Annual report of the Punjab Veterinary College and of the Civil Veterinary Department, Punjab - 1909-1919
Year: 1909
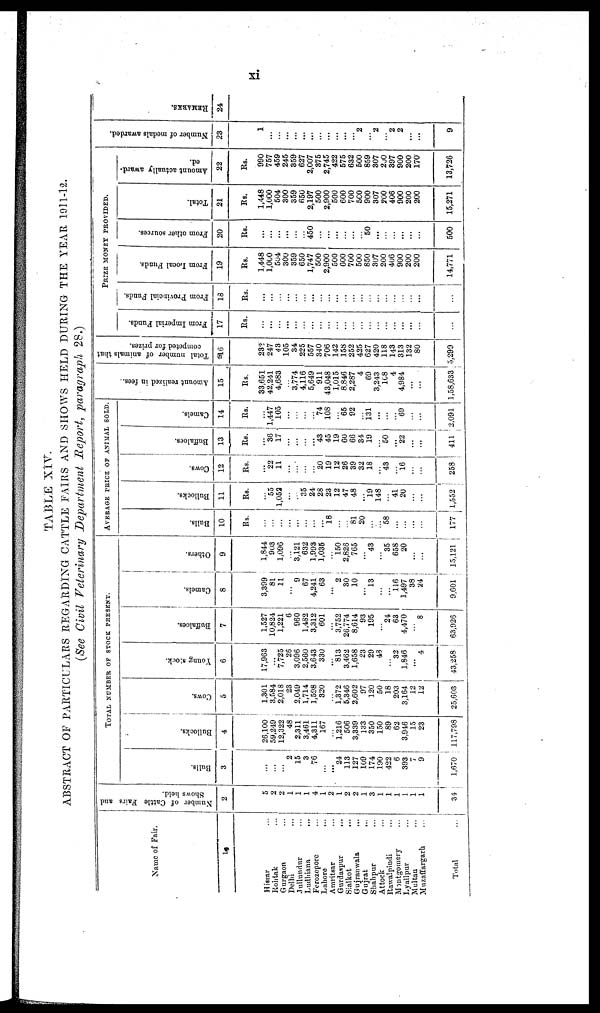
xi
TABLE XIV.
ABSTRACT OF PARTICULARS REGARDING CATTLE FAIRS AND SHOWS HELD DURING THE YEAR 1911-12.
(See Civil Veterinary Department Report, paragraph 28.)
Name of Fair.
14
Hissar ...
Rohtak ...
Gurgaon ...
Delhi ...
Jullundur ...
Ludhiana ...
Ferozepore ...
Lahore ...
Amritsar ...
Gurdaspur ...
Sialkot ...
Gujranwala ...
Gujrat
...
Shahpur ...
Attock ...
Rawalpindi ...
Montgomery ...
Lyallpur ...
Multan ...
Muzaffargarh ...
Total
..
Number of Cattle Fairs and
Shows held.
2
5
2
2
1
1
1
4
1
2|
1
2
2
1
3
1
1
1
1
1
1
34
TOTAL NUMBER OF STOCK PRESENT.
Bulls.
3
...
...
...
2
15
3
76
...
...
24
113
127
109
174
190
422
6
393
7
9
1,670
Bullocks.
4
26,100
59,249
12,322
48
2,311
3,461
4,311
167
...
1,216
506
3,339
133
350
150
89
62
3,916
15
23
117,798
Cows.
5
1,301
3,584
2,018
23
2,049
1,714
1,598
320
...
1,372
5,346
2,602
97
120
50
18
203
3,164
12
12
25,603
Young stock.
6
17,963
...
7,725
26
3,096
2,560
3,643
330
...
813
3,462
1,658
23
29
48
...
32
1,846
...
4
43,258
Buffaloes.
7
1,527
10,824
1,221
6
960
1,432
3,312
601
...
3,752
26,774
8,614
93
195
...
24
63
4,470
...
8
63.926
Camels.
8
3,399
81
11
...
9
67
4,241
63
...
2
30
10
...
13
...
...
116
1,497
38
24
9,601
Others.
9
1,844
903
1,096
...
3,121
632
1,993
1,035
...
150
2,826
765
...
43
...
35
658
20
...
...
15,121
AVERAGE PRICE OF ANIMAL SOLD.
Bulls.
10
Rs.
...
...
...
...
...
...
...
...
18
...
...
81
20
...
...
58
...
...
...
...
177
Bullocks.
11
Rs.
...
55
1,052
...
...
35
24
28
23
12
47
48
...
19
148
...
41
20
...
...
1,552
Cows.
12
Rs.
...
22
11
...
...
...
...
20
19
12
26
39
32
18
...
43
...
16
...
...
258
Buffaloes.
13
Rs.
...
36
17
...
...
...
...
43
45
19
60
66
34
19
...
50
...
22
...
...
411
Camels.
14
Rs.
...
1,447
105
...
...
...
...
74
108
...
65
92
...
131
...
...
...
69
...
...
2,091
Amo u n t r e a l i z e d in fees. .
15
Rs.
33,651
42,241
4,683
...
3,774
4,116
5,649
911
43,048
1,015
8,846
2,287
4
69
3,243
108
4
4,984
...
...
1,58,633
Total number
of animals that
competed for prizes.
16
232
247
43
105
34
225
557
340
706
142
158
252
425
627
420
118
143
313
132
80
5,299
PRIZE MONEY PROVIDED.
From Imperial Funds.
17
Rs.
...
...
...
...
...
...
...
...
...
...
...
...
...
...
...
...
...
...
...
...
...
From Provincial Funds.
18
Rs.
...
...
...
...
...
...
...
...
...
...
...
...
...
...
...
...
...
...
...
From Local Funds.
19
Rs.
1,448
1,000
504
300
359
650
1,747
500
2,900
500
600
700
500
850
307
200
406
900
200
200
14,771
From other sources.
20
Rs.
...
...
...
...
...
...
450
...
...
...
...
...
50
...
...
...
...
...
...
500
Total.
21
Rs.
1,448
1,000
504
300
359
650
2,197
500
2,900
500
600
700
500
900
307
200
406
900
200
200
15,271
Amount actually award-
ed.
22
Rs.
990
757
459
245
359
627
2,007
375
2,745
422
575
632
500
859
307
200
397
900
200
170
13,726
Number of medals awarded.
23
1
...
...
...
...
...
...
...
...
...
...
...
2
...
2
...
2
2
...
...
9
REMARKS.
24